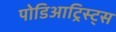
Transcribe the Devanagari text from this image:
पोडिआट्रिस्ट्स